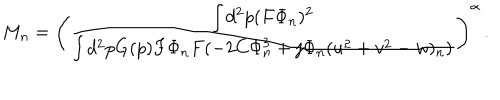
LaTeX: M _ { n } = \left( { \frac { \int d ^ { 2 } p ( F \Phi _ { n } ) ^ { 2 } } { \int d ^ { 2 } p G ( p ) F \Phi _ { n } F ( - 2 C \Phi _ { n } ^ { 3 } + j \Phi _ { n } ( u ^ { 2 } + v ^ { 2 } - w ) _ { n } ) } } \right) ^ { \alpha } \, .